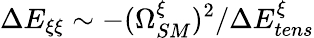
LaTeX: \Delta E_{\xi\xi}\sim-(\Omega_{SM}^{\xi})^{2}/\Delta E_{tens}^{\xi}